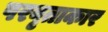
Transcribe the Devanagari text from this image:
परवृताकार